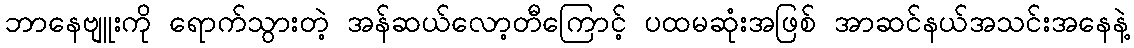
ဘာနေဗျူးကို ရောက်သွားတဲ့ အန်ဆယ်လော့တီကြောင့် ပထမဆုံးအဖြစ် အာဆင်နယ်အသင်းအနေနဲ့